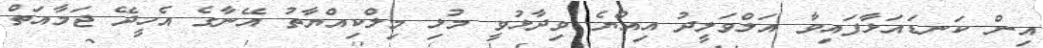
އިން ކަނޑައަޅާފައިވާ އަލްވަލީދު އިއްޔެ ވިދާޅުވީ މުޅި މިލްކިއްޔާތު އޭނާގެ އެހީދޭ ޖަމާއަތް